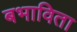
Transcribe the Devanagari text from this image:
बभाविता